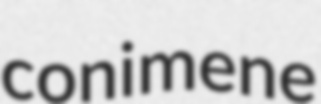
conimene